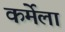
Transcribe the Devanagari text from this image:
कर्मेला